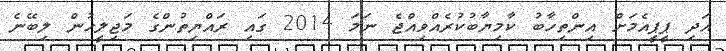
އަދި ޕީޕީއެމަށް އިންތިހާބު ކާމިޔާބުކުރެއްވިއްޖެ ނަމަ 2014 ގައި ރައްޔިތުންގެ މަޖިލީހުން ލިބޭނެ